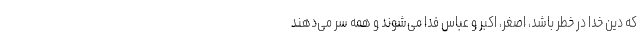
که دین خدا در خطر باشد، اصغر، اکبر و عباس فدا می‌شوند و همه سر می‌دهند